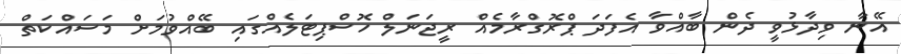
އޭނާ ވިދާޅުވީ ދެން ބާއްވާ އެފަދަ ޕްރޮގްރާމެއް ރީޖަނަލް ހޮސްޕިޓަލެއްގައި ބޭއްވުމަށް މަސައްކަތް